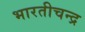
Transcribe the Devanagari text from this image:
भारतीचन्द्र